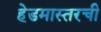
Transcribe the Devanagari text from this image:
हेडमास्तरची